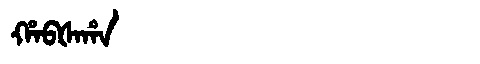
Manchu: ᡥᠠᠪᡧᠠᡥᠠ
Romanization: HABŠAHA